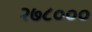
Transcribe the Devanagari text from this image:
२७८०००